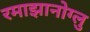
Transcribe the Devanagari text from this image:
रमाझानोग्लु